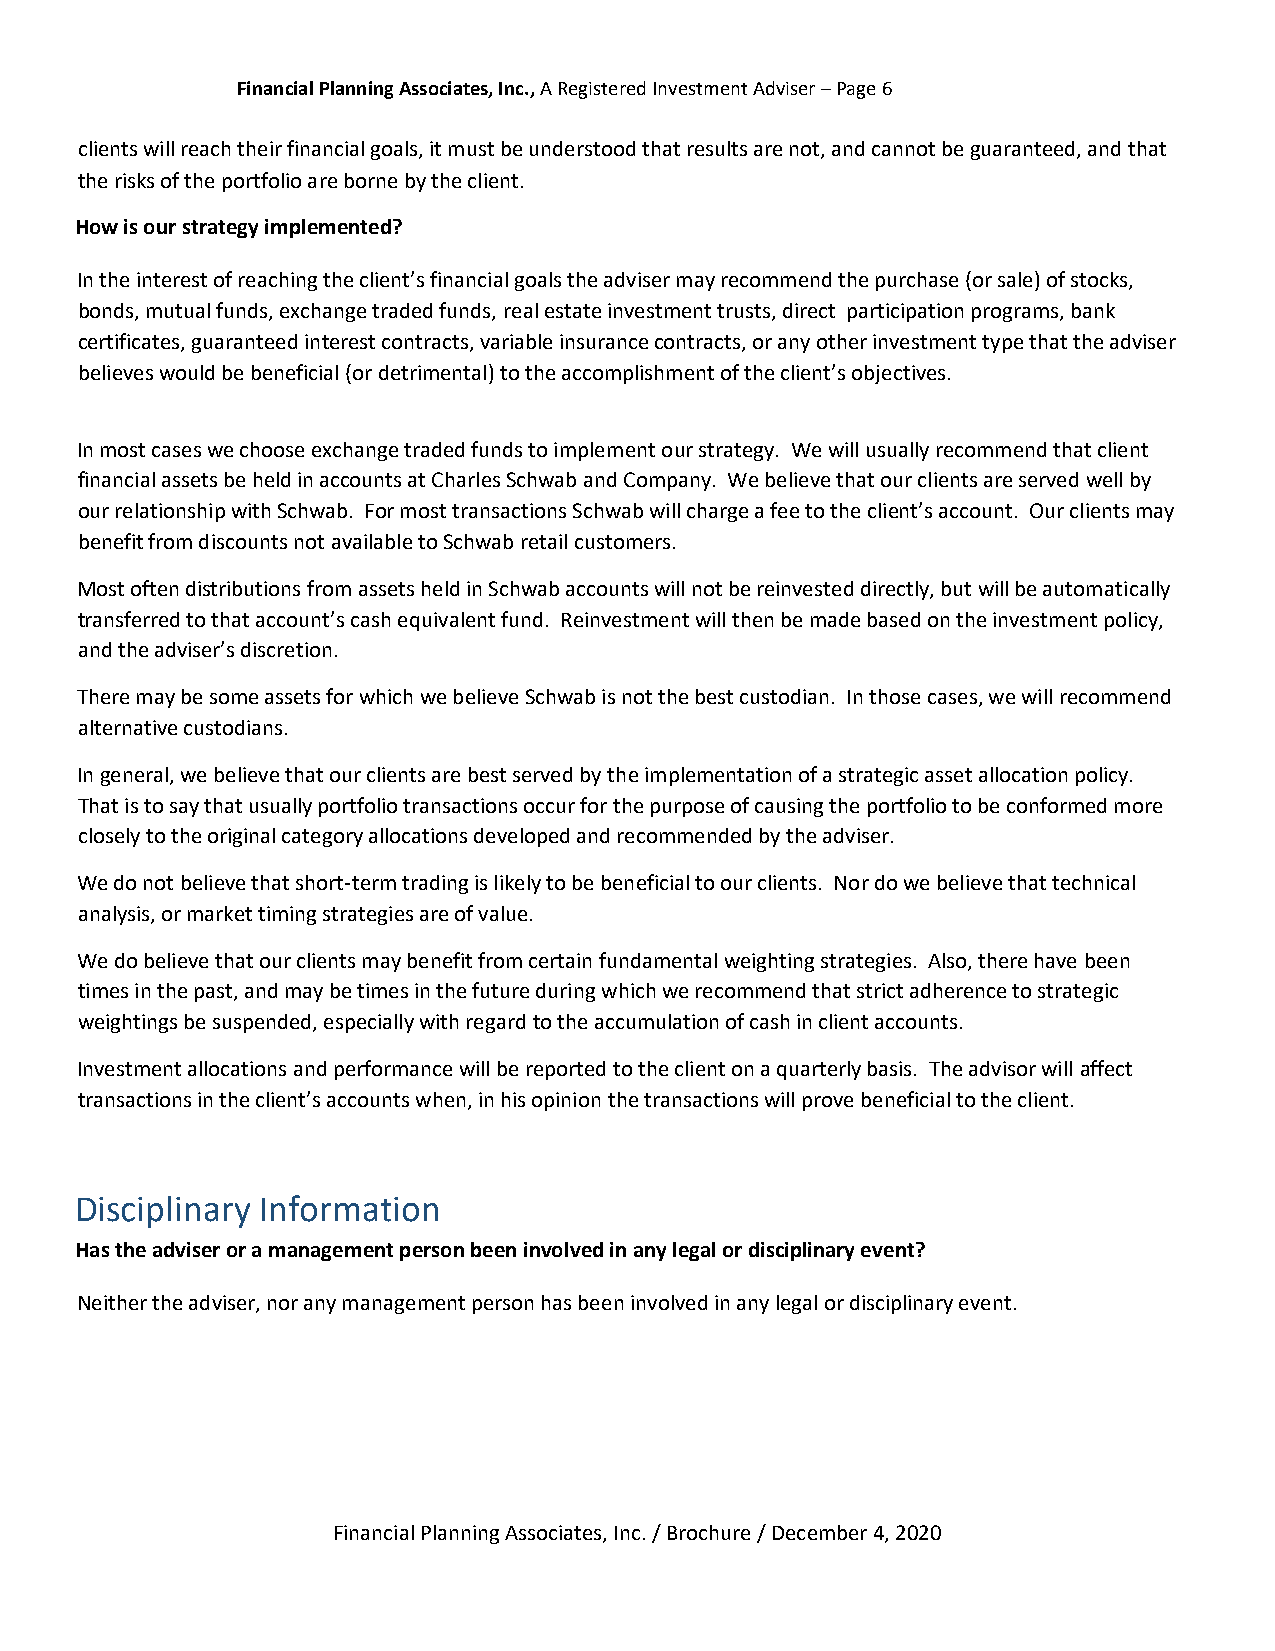
Financial Planning Associates, Inc., A Registered Investment Adviser – Page 6
 clients will reach their financial goals, it must be understood that results are not, and cannot be guaranteed, and that
 the risks of the portfolio are borne by the client.
 How is our strategy implemented?
 In the interest of reaching the client’s financial goals the adviser may recommend the purchase (or sale) of stocks,
 bonds, mutual funds, exchange traded funds, real estate investment trusts, direct participation programs, bank
 certificates, guaranteed interest contracts, variable insurance contracts, or any other investment type that the adviser
 believes would be beneficial (or detrimental) to the accomplishment of the client’s objectives.
 In most cases we choose exchange traded funds to implement our strategy. We will usually recommend that client
 financial assets be held in accounts at Charles Schwab and Company. We believe that our clients are served well by
 our relationship with Schwab. For most transactions Schwab will charge a fee to the client’s account. Our clients may
 benefit from discounts not available to Schwab retail customers.
 Most often distributions from assets held in Schwab accounts will not be reinvested directly, but will be automatically
 transferred to that account’s cash equivalent fund. Reinvestment will then be made based on the investment policy,
 and the adviser’s discretion.
 There may be some assets for which we believe Schwab is not the best custodian. In those cases, we will recommend
 alternative custodians.
 In general, we believe that our clients are best served by the implementation of a strategic asset allocation policy.
 That is to say that usually portfolio transactions occur for the purpose of causing the portfolio to be conformed more
 closely to the original category allocations developed and recommended by the adviser.
 We do not believe that short-term trading is likely to be beneficial to our clients. Nor do we believe that technical
 analysis, or market timing strategies are of value.
 We do believe that our clients may benefit from certain fundamental weighting strategies. Also, there have been
 times in the past, and may be times in the future during which we recommend that strict adherence to strategic
 weightings be suspended, especially with regard to the accumulation of cash in client accounts.
 Investment allocations and performance will be reported to the client on a quarterly basis. The advisor will affect
 transactions in the client’s accounts when, in his opinion the transactions will prove beneficial to the client.
 Disciplinary Information
 Has the adviser or a management person been involved in any legal or disciplinary event?
 Neither the adviser, nor any management person has been involved in any legal or disciplinary event.
 Financial Planning Associates, Inc. / Brochure / December 4, 2020